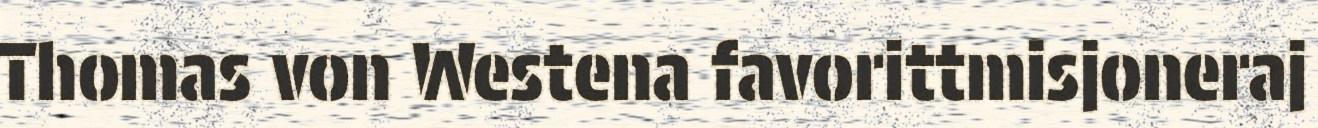
Thomas von Westena favorittmisjoneraj